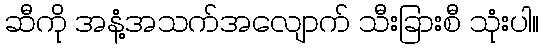
ဆီကို အနံ့အသက်အလျောက် သီးခြားစီ သုံးပါ။